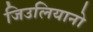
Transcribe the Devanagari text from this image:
जिउलियानो